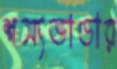
শস্যভাণ্ডার